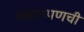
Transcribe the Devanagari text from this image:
लहानपणची